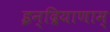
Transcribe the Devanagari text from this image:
इन्द्रियाणाम्